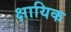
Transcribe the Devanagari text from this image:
क्षायिक